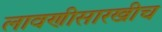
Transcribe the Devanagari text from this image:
लावणीसारखीच